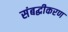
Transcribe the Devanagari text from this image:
संबद्धीकरण